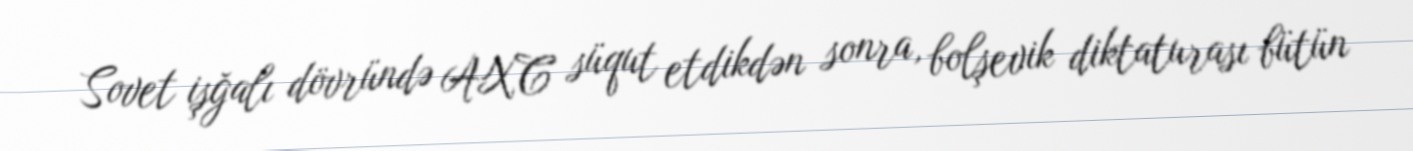
Sovet işğalı dövründə AXC süqut etdikdən sonra, bolşevik diktaturası bütün